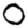
Digit: 0